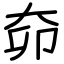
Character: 奅